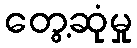
တွေ့ဆုံမှု